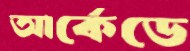
আর্কেডে